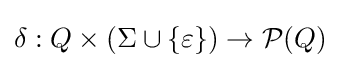
\delta :Q\times (\Sigma \cup \{\varepsilon \})\rightarrow {\mathcal {P}}(Q)